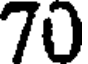
70